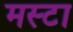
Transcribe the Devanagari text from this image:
मस्टा